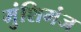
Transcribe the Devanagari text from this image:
मुंशिगंज